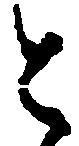
と